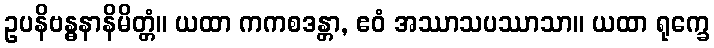
ဥပနိဗန္ဓနာနိမိတ္တံ။ ယထာ ကကစဒန္တာ, ဧဝံ အဿာသပဿာသာ။ ယထာ ရုက္ခေ